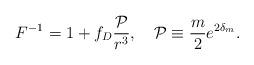
LaTeX: \begin{align*}F^{-1}=1+f_D{{\cal P}\over{r^3}},\ \ \ {\cal P}\equiv{m\over 2}e^{2\delta_m}.\end{align*}